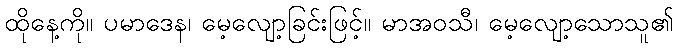
ထိုနေ့ကို။ ပမာဒေန၊ မေ့လျော့ခြင်းဖြင့်။ မာအဝသီ၊ မေ့လျော့သောသူ၏